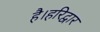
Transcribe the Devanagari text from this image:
है।हरिद्वार